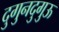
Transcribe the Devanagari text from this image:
दुगुनदुगुऊ